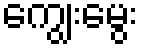
ကျွေးမွေး